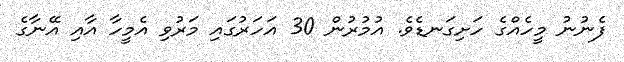
ފެނުނު މީހެއްގެ ހަށިގަނޑެވެ. އުމުރުން 30 އަހަރުގައި މަރުވި އެމީހާ އާއި އޭނާގެ